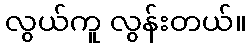
လွယ်ကူ လွန်းတယ်။